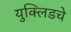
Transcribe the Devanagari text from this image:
युक्लिडचे